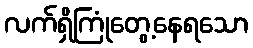
လက်ရှိကြုံတွေ့နေရသော